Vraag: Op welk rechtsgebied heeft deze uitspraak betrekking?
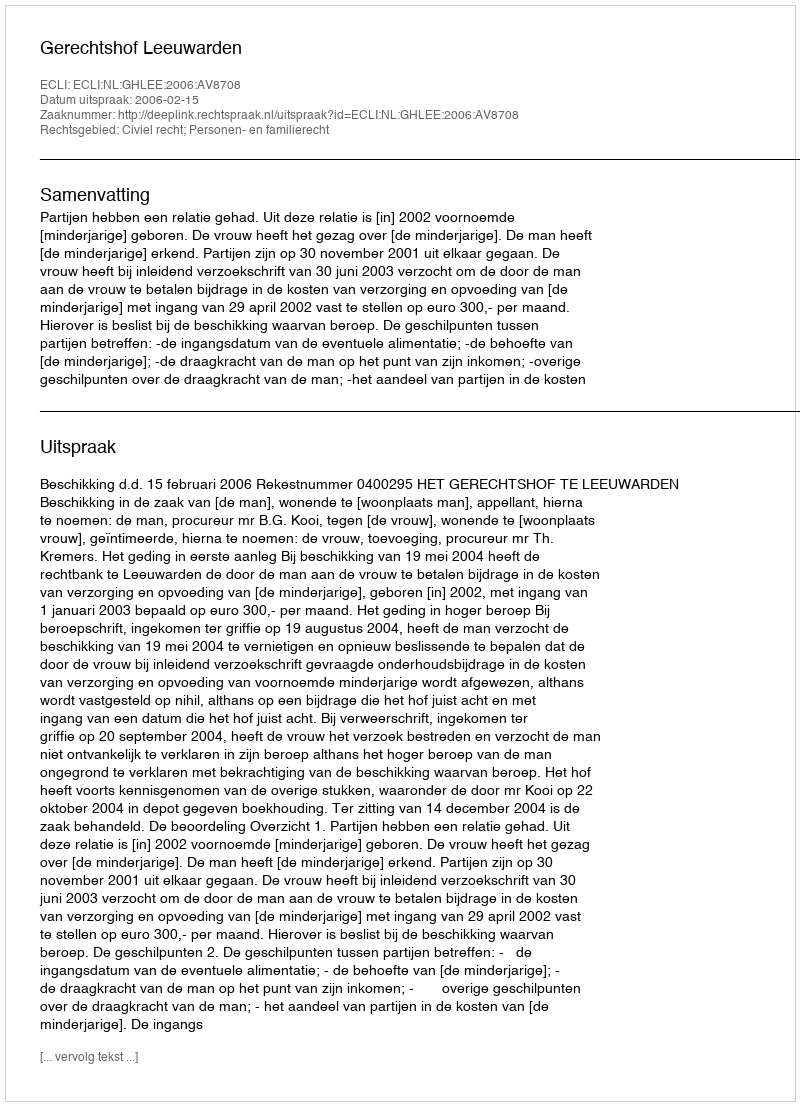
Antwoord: Civiel recht; Personen- en familierecht